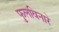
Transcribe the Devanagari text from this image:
फुलविनारे